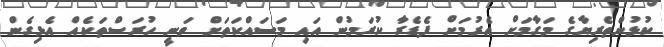
ކުޅުންތެރިޔާގެ މަގާމަށް އެރުމަށް ފެޑެރާ ކުރަމުން އައި މަސައްކަތަށް ވަނީ ހުރަސްތަކެއް އެޅިގެން